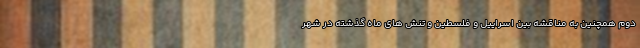
دوم همچنین به مناقشه بین اسراییل و فلسطین و تنش های ماه گذشته در شهر